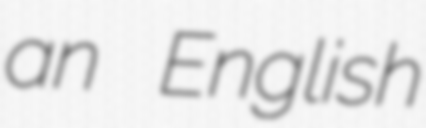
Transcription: an English